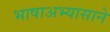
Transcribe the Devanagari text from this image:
भाषाअभ्यासाने